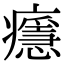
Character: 𤻘